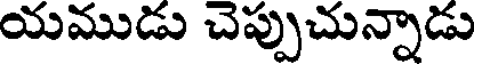
యముడు చెప్పుచున్నాడు